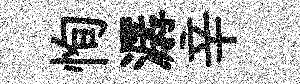
恂潺辛